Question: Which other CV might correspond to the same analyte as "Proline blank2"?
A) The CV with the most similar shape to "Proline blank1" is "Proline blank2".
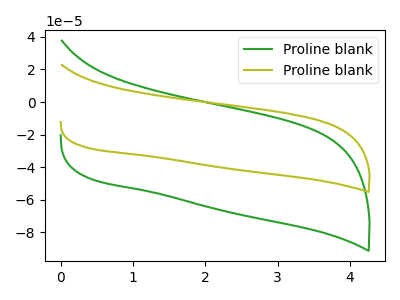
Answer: <think>The green curve "Proline blank1" has no peaks. The olive curve "Proline blank2" has no peaks.
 Neither "Proline blank1" or "Proline blank2" have any peaks.</think>
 <answer>A) The CV with the most similar shape to "Proline blank1" is "Proline blank2".</answer>
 <eval>A</eval>